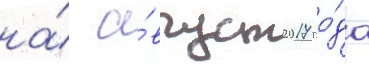
на́ а́вгуст 2017 го́да